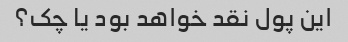
این پول نقد خواهد بود یا چک؟